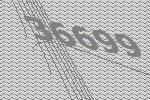
36699